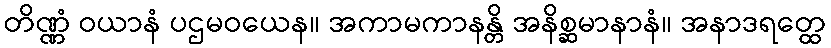
တိဏ္ဏံ ဝယာနံ ပဌမဝယေန။ အကာမကာနန္တိ အနိစ္ဆမာနာနံ။ အနာဒရတ္ထေ